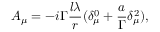
A _ { \mu } = - i \Gamma \frac { l \lambda } r ( \delta _ { \mu } ^ { 0 } + \frac a \Gamma \delta _ { \mu } ^ { 2 } ) ,